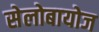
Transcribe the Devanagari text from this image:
सेलोबायोज